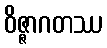
ဝိဇ္ဇာဂတဿ